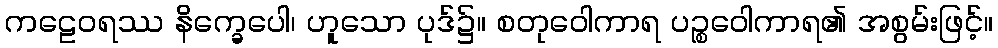
ကဠေဝရဿ နိက္ခေပေါ၊ ဟူသော ပုဒ်၌။ စတုဝေါကာရ ပဉ္စဝေါကာရ၏ အစွမ်းဖြင့်။